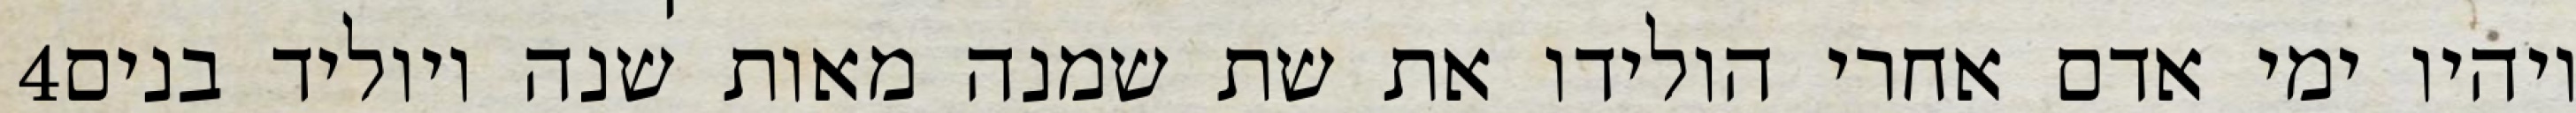
‎4‏ ויהיו ימי אדם אחרי הולידו את שת שמנה מאות שנה ויוליד בנים